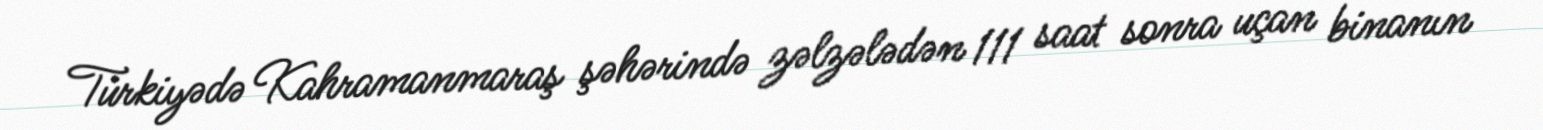
Türkiyədə Kahramanmaraş şəhərində zəlzələdən 111 saat sonra uçan binanın